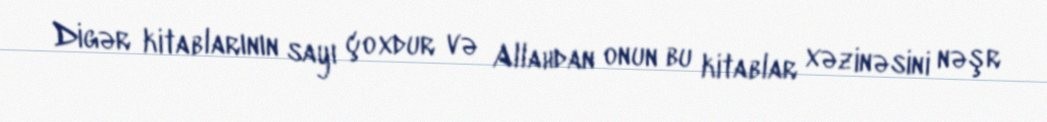
Digər kitablarının sayı çoxdur və Allahdan onun bu kitablar xəzinəsini nəşr